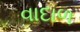
વાદાળ